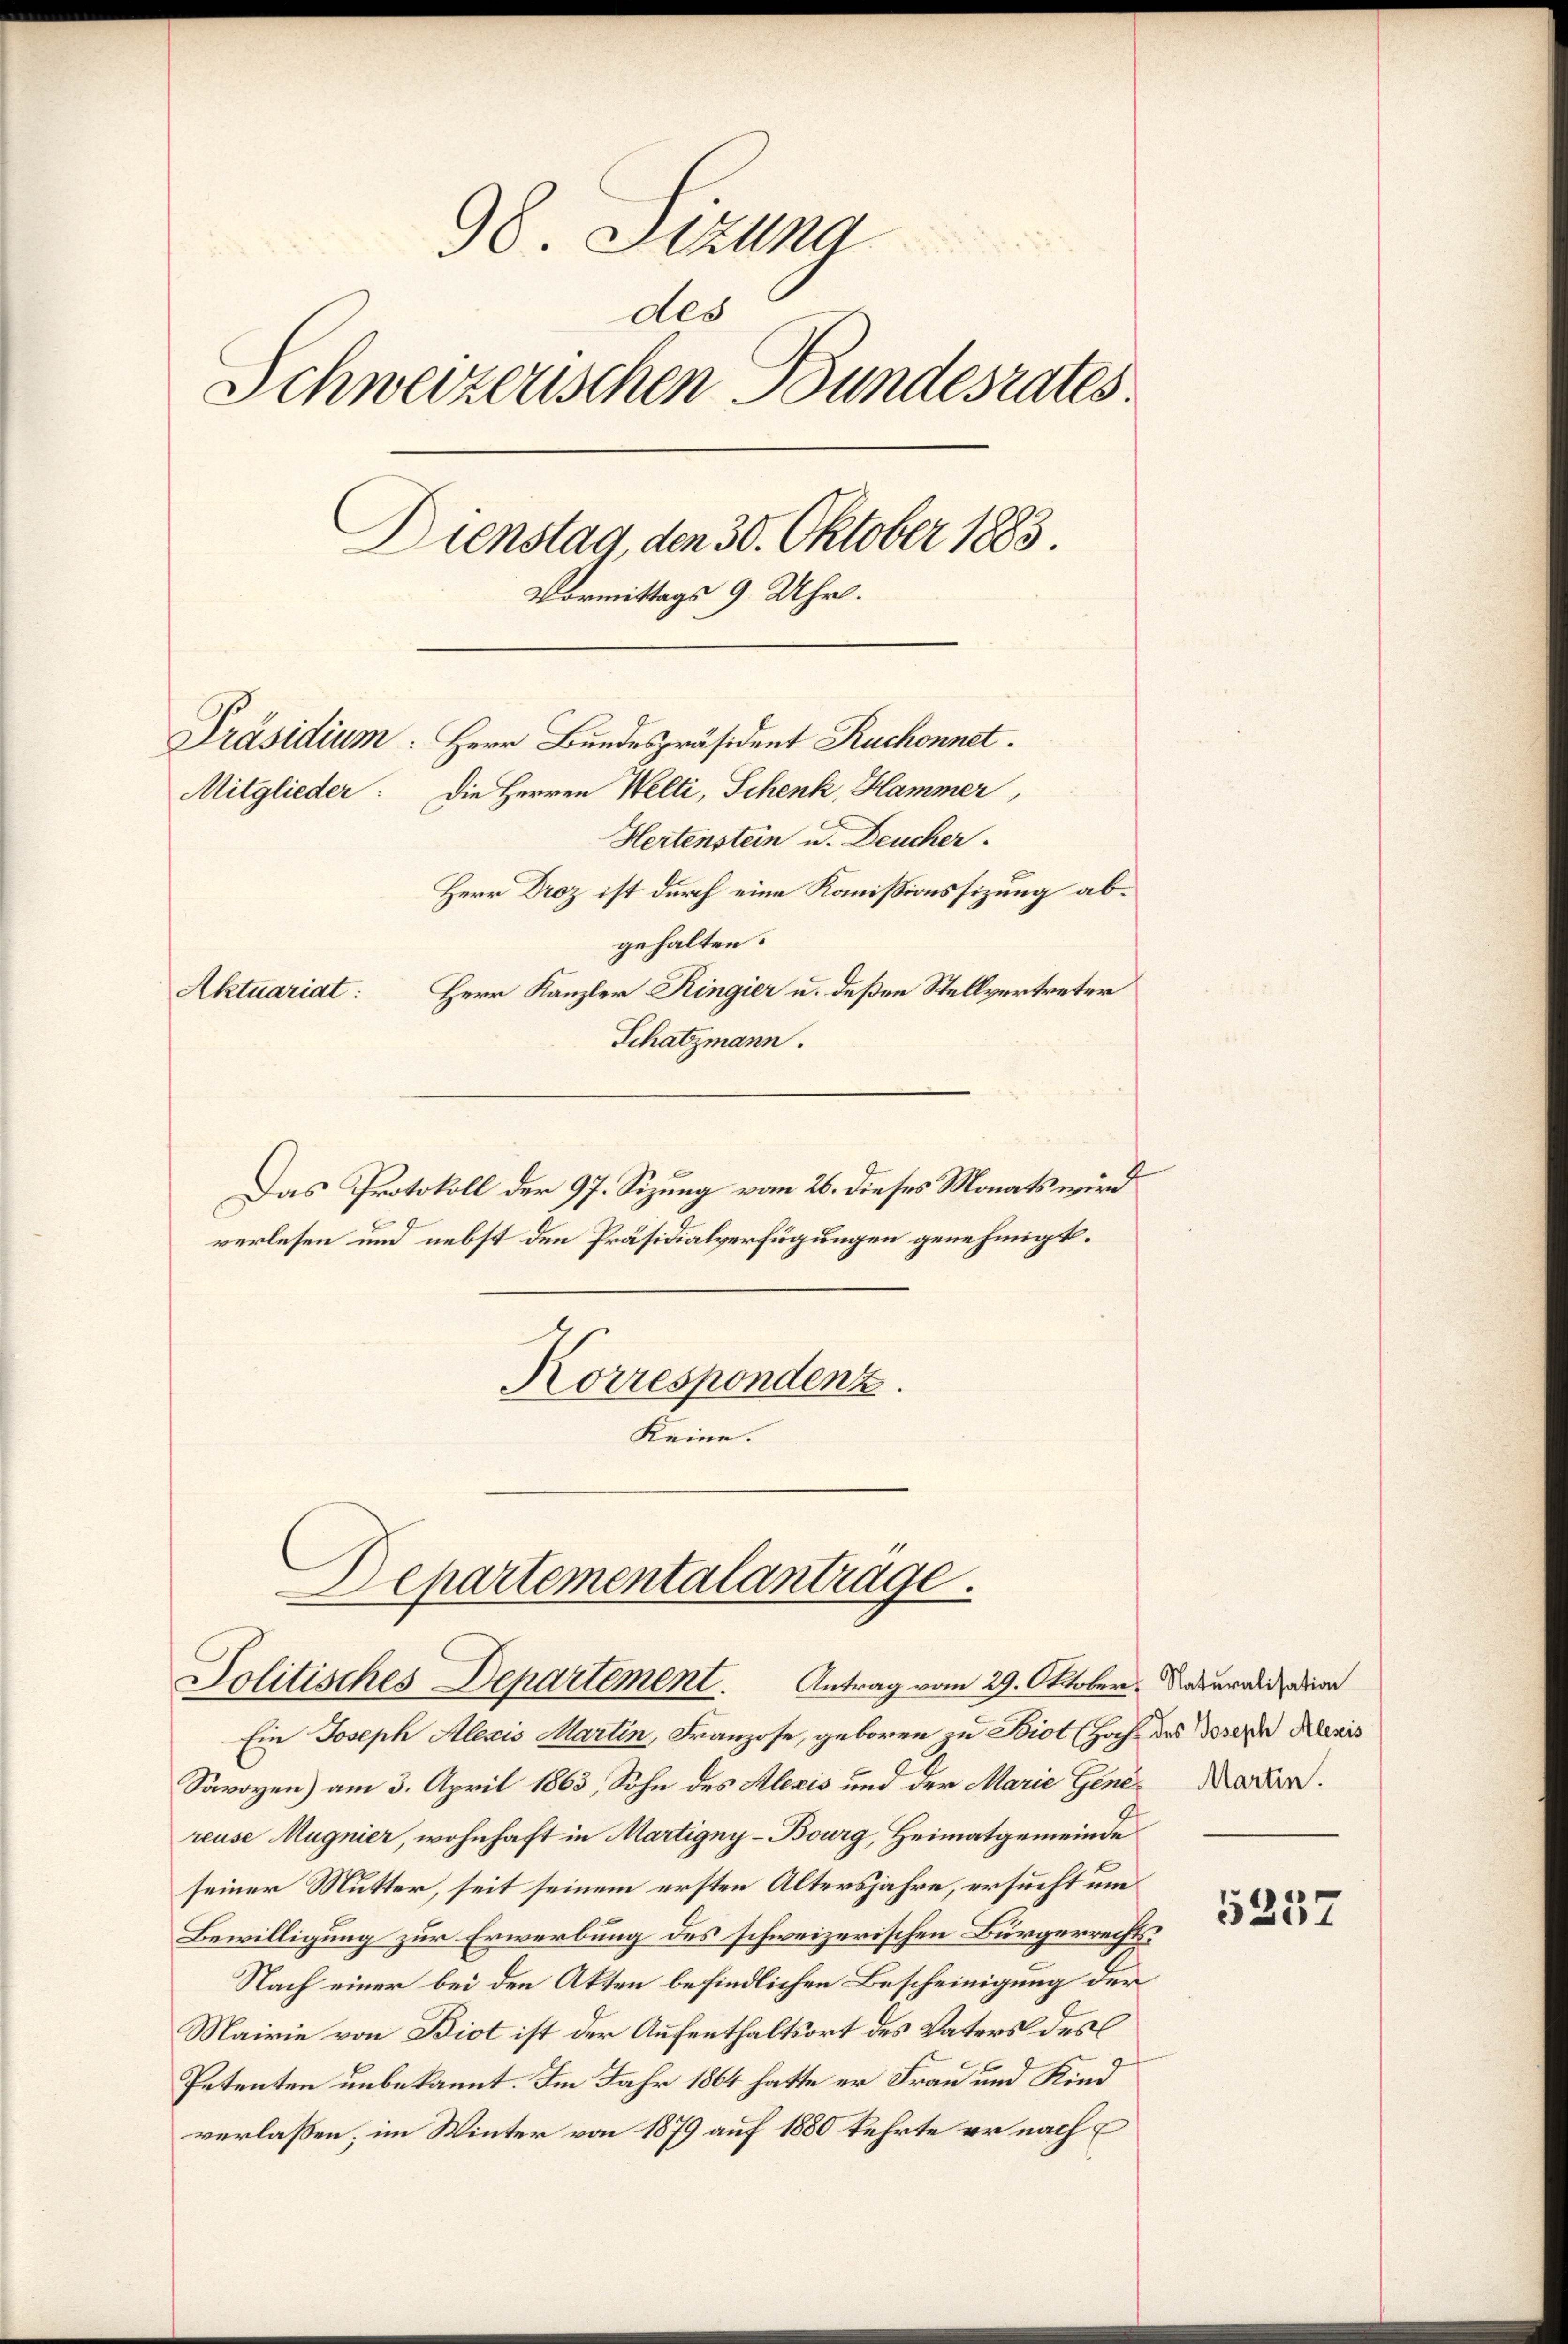
98. Stzung
des
Schweizerischen Bundesrates
Dienstag, den 30. Oktober 1883.
Vormittags 9 Uhr.
Präsidium: Herr Bundespräsident Ruchonnet.
Die Herren Welti, Schenk, Hammer,
Mitglieder:
Hertenstein u. Deucher.
Herr Droz ist durch eine Kommissionssizung abgehalten.
Herr Kanzler Ringier u. deßen Stellvertreter
Aktuariat:
Schatzmann.

Das Protokoll der 97. Sizung vom 26. dieses Monats wird
verlesen und nebst den Präsidialverfügungen genehmigt.
Korrespondenz.
Keine.

Departementalantrage.
Jolitisches Departement. Antrag vom 29. Oktober. Naterald die

Ein Joseph Alexis Martin, Franzose, geboren zu Biot (Hoch des Joseph Klavis
Savoyen) am 3. April 1863, Sohn des Alexis und der Marie Gener Natur.
reuse Magnier, wohnhaft in Martigny-Bourg, Heimatgemeinde
seiner Mutter, seit seinem ersten Altersjahre, ersucht um
Bewilligung zur Erwerbung des schweizerischen Bürgerrechts
Nach einer bei den Akten befindlichen Bescheinigung der
Mairie von Biot ist der Aufenthaltsort des Vaters des
Petenten unbekannt. Im Jahr 1864 hatte er Frau und Kind
verlaßen; im Winter von 1879 auf 1880 kehrte er nach

5257